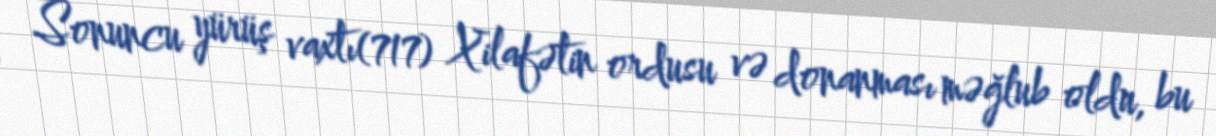
Sonuncu yürüş vaxtı(717) Xilafətin ordusu və donanması məğlub oldu, bu